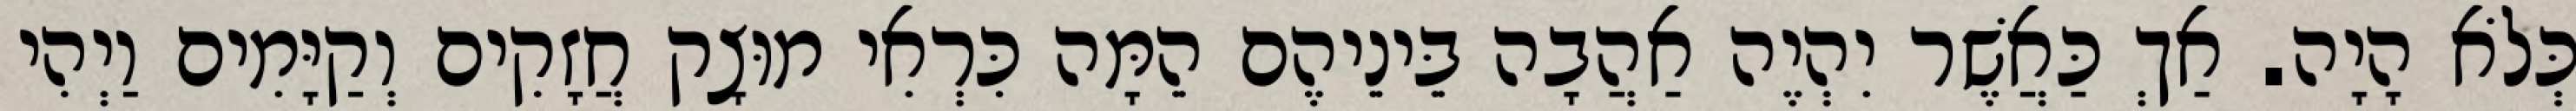
כְּלֹא הָיָה. אַךְ כַּאֲשֶׁר יִהְיֶה אַהֲבָה בֵּינֵיהֶם הֵמָּה כִּרְאִי מוּצָק חֲזָקִים וְקַיָּמִים וַיְהִי